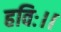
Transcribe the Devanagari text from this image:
हविः।।